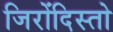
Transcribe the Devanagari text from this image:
जिरोंदिस्तो